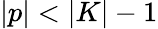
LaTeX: \vert p\vert<\vert K\vert-1